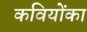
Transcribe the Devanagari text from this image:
कवियोंका